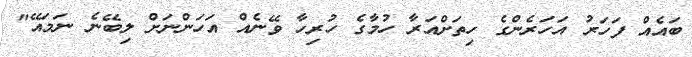
ބައެއް ފަހަރު އަހަރެންގެ ހިތަށްއަރާ ހުމާގެ ހުރިހާ ވޭނެއް އަހަންނަށް ލިބޭނެ ނަމައޭ"